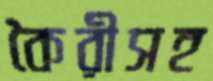
কৈরীসহ